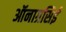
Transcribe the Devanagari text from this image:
ऑनाग्रसिई